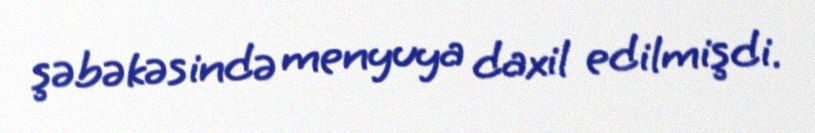
şəbəkəsində menyuya daxil edilmişdi.